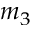
m _ { 3 }